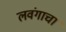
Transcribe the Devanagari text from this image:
लवंगाचा